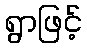
ရွာဖြင့်